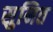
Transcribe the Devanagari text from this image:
सुनित